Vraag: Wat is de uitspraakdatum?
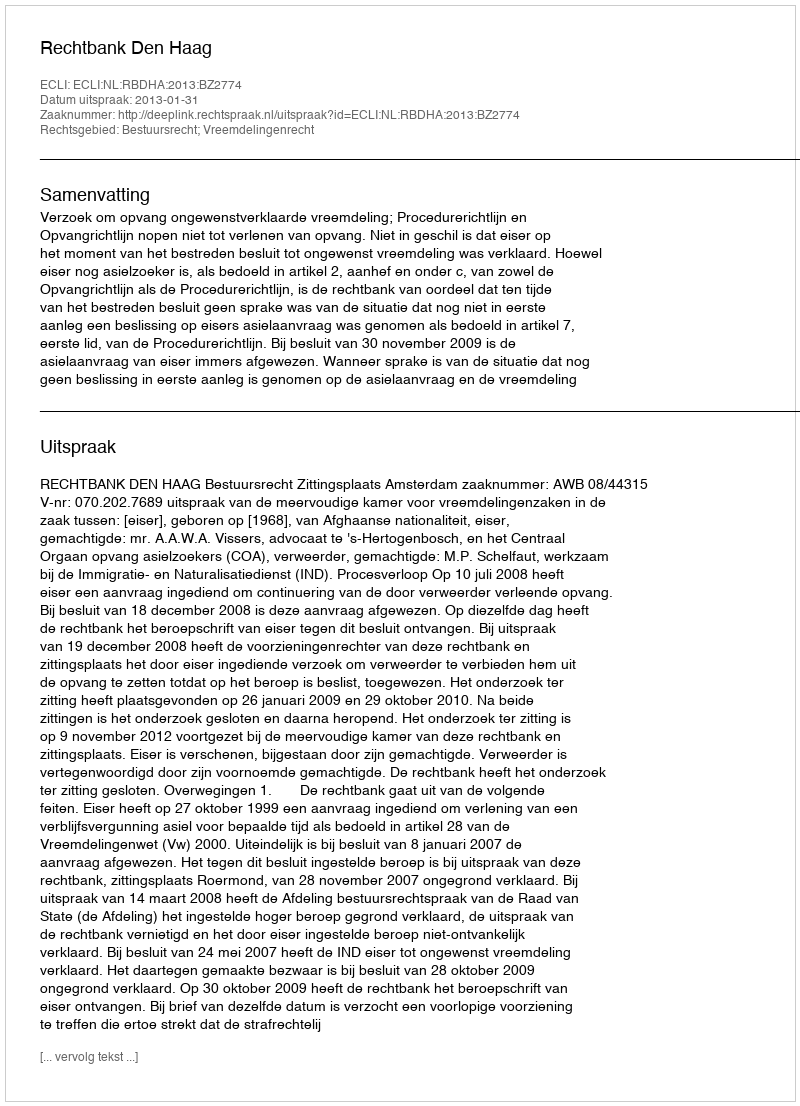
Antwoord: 2013-01-31